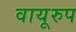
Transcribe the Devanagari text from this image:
वायूरुप